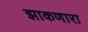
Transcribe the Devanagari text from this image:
झाकणारा